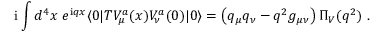
\mathrm { i } \int d ^ { 4 } x \ e ^ { \mathrm { i } q x } \langle 0 | T V _ { \mu } ^ { a } ( x ) V _ { \nu } ^ { a } ( 0 ) | 0 \rangle = \left( q _ { \mu } q _ { \nu } - q ^ { 2 } g _ { \mu \nu } \right) \Pi _ { V } ( q ^ { 2 } ) \ .